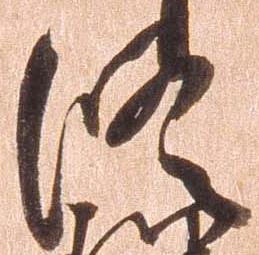
修